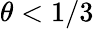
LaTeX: \theta<1/3